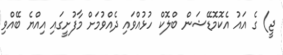
ޖީ) ގެ އައު އެކޮމޮޑޭޝަން ބްލޮކް ހުޅުއްވައި ދެއްވުމަށް މާފުށީގައި އިއްޔެ ބޭއްވި